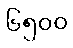
၆၅၀၀